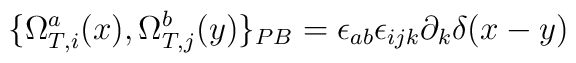
\{\Omega^{a}_{T,i}(x) ,\Omega^{b}_{T,j}(y)\}_{PB} = \epsilon_{ab} \epsilon_{ijk} \partial_k \delta(x-y)